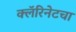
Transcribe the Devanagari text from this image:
क्लॅरिनेटचा